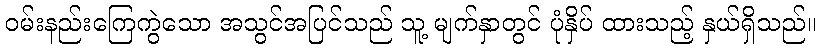
ဝမ်းနည်းကြေကွဲသော အသွင်အပြင်သည် သူ့ မျက်နှာတွင် ပုံနှိပ် ထားသည့် နှယ်ရှိသည်။